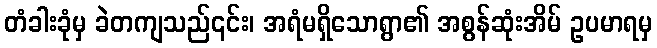
တံခါးခုံမှ ခဲတကျသည်၎င်း၊ အရံမရှိသောရွာ၏ အစွန်ဆုံးအိမ် ဥပမာရမှ